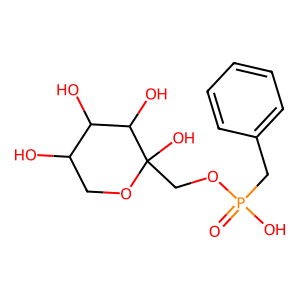
SMILES: O=P(O)(Cc1ccccc1)OCC1(O)OCC(O)C(O)C1O
Inhibits HIV replication: No